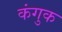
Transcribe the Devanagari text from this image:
कंगुक